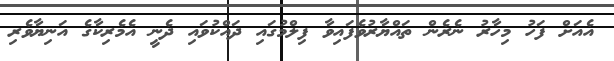
އެއަށް ފަހު މިހާރު ނެރެން ތައްޔާރުވެފައިވާ ފިލްމުގައި ދައްކުވައި ދެނީ އެމެރިކާގެ އަނިޔާވެރި